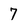
Character: 4